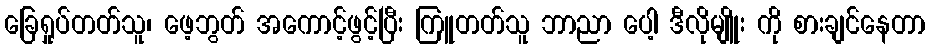
ခြေရှုပ်တတ်သူ၊ ဖေ့ဘွတ် အကောင့်ဖွင့်ပြီး ကြူတတ်သူ ဘာညာ ပေါ့ ဒီလိုမျိူး ကို စားချင်နေတာ